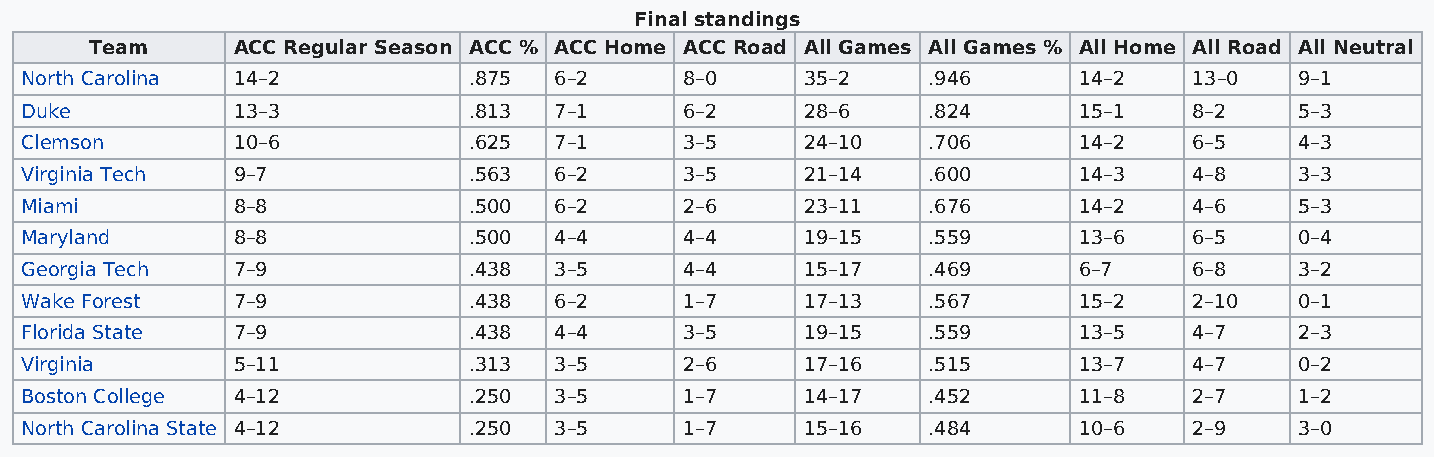
Final standings
 Team     ACC Regular Season ACC % ACC Home ACC Road All Games All Games % All Home All Road All Neutral
 North Carolina 14–2           .875  6–2     8–0     35–2    .946      14–2    13–0   9–1
 Duke          13–3            .813  7–1     6–2     28–6    .824      15–1    8–2    5–3
 Clemson       10–6            .625  7–1     3–5     24–10   .706      14–2    6–5    4–3
 Virginia Tech 9–7             .563  6–2     3–5     21–14   .600      14–3    4–8    3–3
 Miami         8–8             .500  6–2     2–6     23–11   .676      14–2    4–6    5–3
 Maryland      8–8             .500  4–4     4–4     19–15   .559      13–6    6–5    0–4
 Georgia Tech  7–9             .438  3–5     4–4     15–17   .469      6–7     6–8    3–2
 Wake Forest   7–9             .438  6–2     1–7     17–13   .567      15–2    2–10   0–1
 Florida State 7–9             .438  4–4     3–5     19–15   .559      13–5    4–7    2–3
 Virginia      5–11            .313  3–5     2–6     17–16   .515      13–7    4–7    0–2
 Boston College 4–12           .250  3–5     1–7     14–17   .452      11–8    2–7    1–2
 North Carolina State 4–12     .250  3–5     1–7     15–16   .484      10–6    2–9    3–0